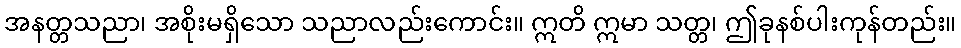
အနတ္တသညာ၊ အစိုးမရှိသော သညာလည်းကောင်း။ ဣတိ ဣမာ သတ္တ၊ ဤခုနစ်ပါးကုန်တည်း။